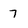
Character: 7